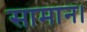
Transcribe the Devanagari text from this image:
सामान।